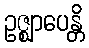
ဥဇ္ဈာပေန္တိ